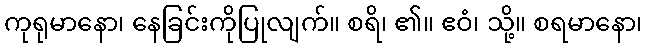
ကုရုမာနော၊ နေခြင်းကိုပြုလျက်။ စရိ၊ ၏။ ဧဝံ၊ သို့။ စရမာနော၊